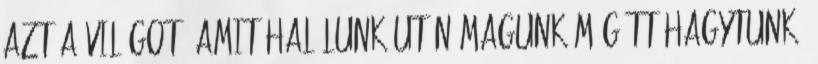
azt a világot, amit halálunk után magunk mögött hagytunk.